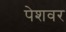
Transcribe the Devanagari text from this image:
पेशवर